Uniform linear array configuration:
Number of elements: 4
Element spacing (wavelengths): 1
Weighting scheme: exponential
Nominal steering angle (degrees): -60
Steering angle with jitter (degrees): -59.058
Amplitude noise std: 0.05
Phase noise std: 0.05

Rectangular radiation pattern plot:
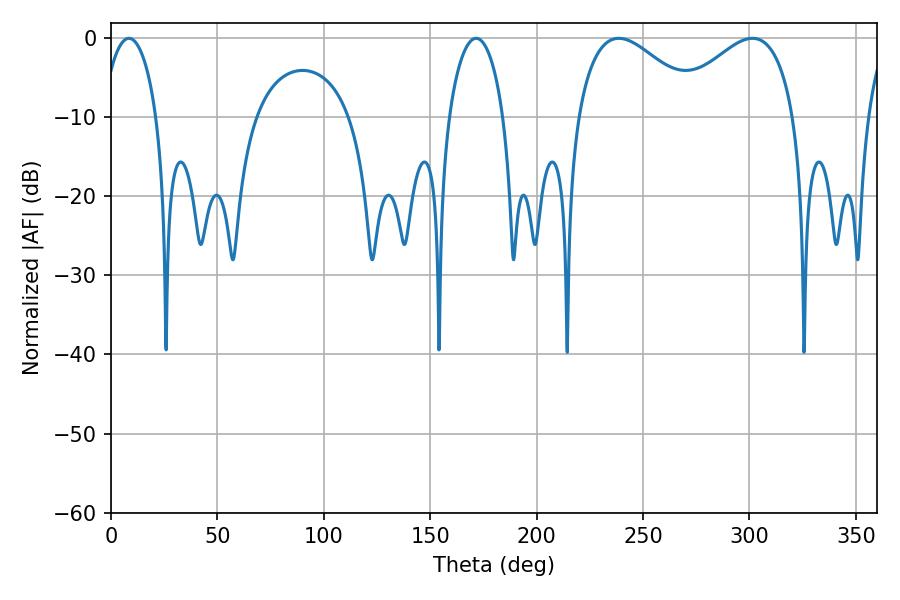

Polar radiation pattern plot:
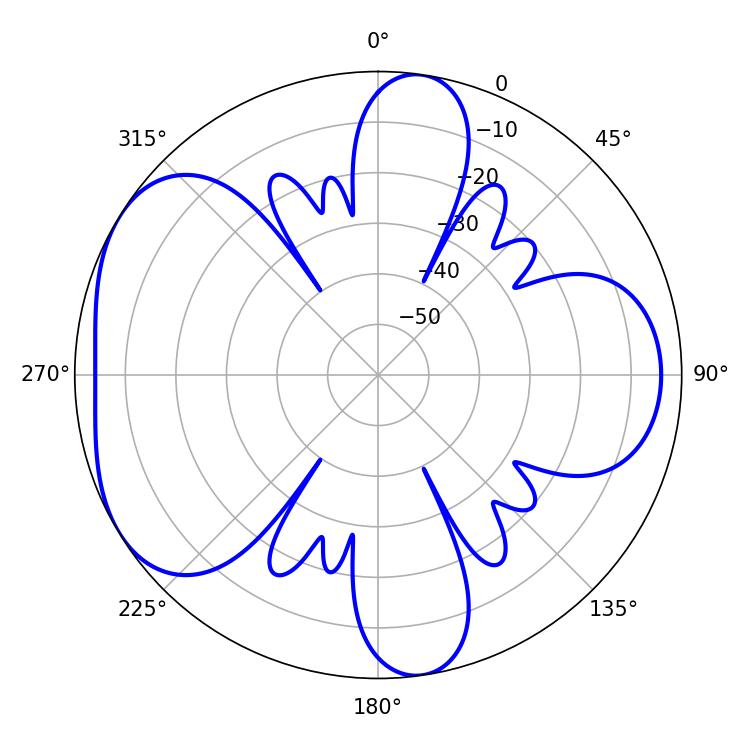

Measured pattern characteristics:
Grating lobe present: TRUE
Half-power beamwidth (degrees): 14.4
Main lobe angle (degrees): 8.46